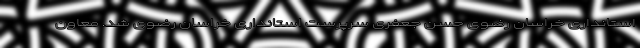
استانداری خراسان رضوی حسن جعفری سرپرست استانداری خراسان رضوی شد. معاون